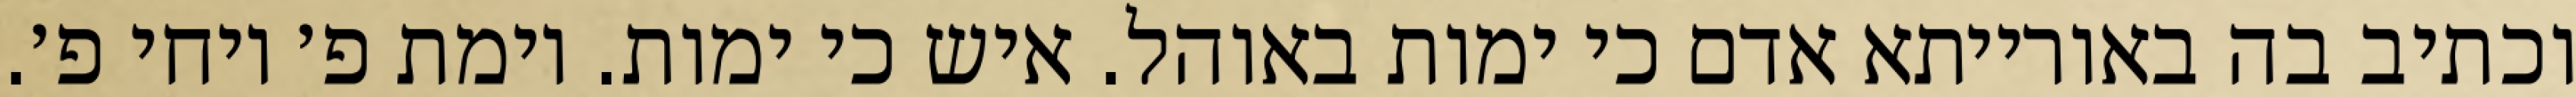
וכתיב בה באורייתא אדם כי ימות באוהל. איש כי ימות. וימת פ׳ ויחי פ׳.